Accounts of Education Authorities, 1925
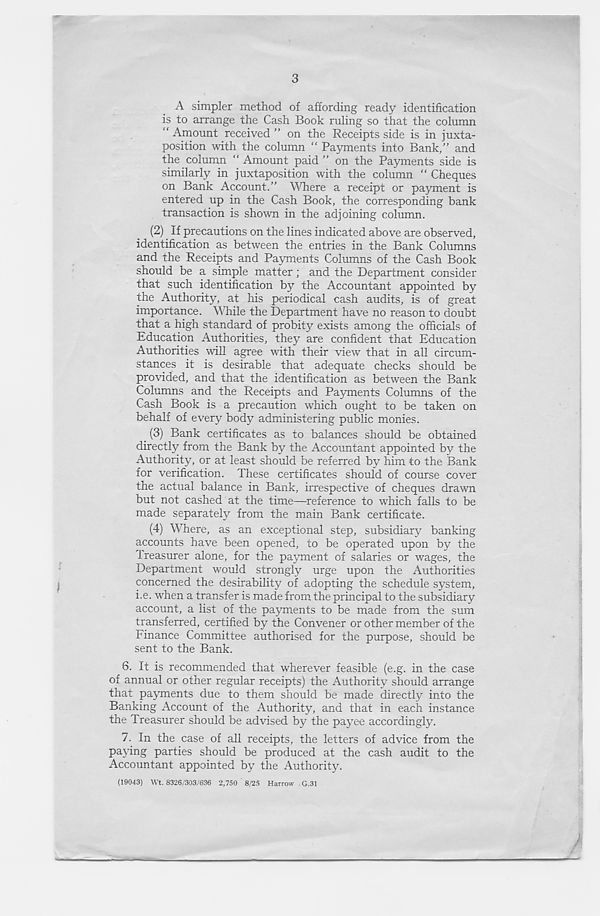
3
A simpler method of affording ready identification
is to arrange the Cash Book ruling so that the column
“ Amount received ” on the Receipts side is in juxta-
position with the column “ Payments into Bank,” and
the column “ Amount paid ” on the Payments side is
similarly in juxtaposition with the column “ Cheques
on Bank Account.” Where a receipt or payment is
entered up in the Cash Book, the corresponding bank
transaction is shown in the adjoining column.
(2) If precautions on the lines indicated above are observed,
identification as between the entries in the Bank Columns
and the Receipts and Payments Columns of the Cash Book
should be a simple matter ; and the Department consider
that such identification by the Accountant appointed by
the Authority, at his periodical cash audits, is of great
importance. While the Department have no reason to doubt
that a high standard of probity exists among the officials of
Education Authorities, they are confident that Education
Authorities will agree with their view that in all circum-
stances it is desirable that adequate checks should be
provided, and that the identification as between the Bank
Columns and the Receipts and Payments Columns of the
Cash Book is a precaution which ought to be taken on
behalf of every body administering public monies.
(3) Bank certificates as to balances should be obtained
directly from the Bank by the Accountant appointed by the
Authority, or at least should be referred by him to the Bank
for verification. These certificates should of course cover
the actual balance in Bank, irrespective of cheques drawn
but not cashed at the time—reference to which falls to be
made separately from the main Bank certificate.
(4) Where, as an exceptional step, subsidiary banking
accounts have been opened, to be operated upon by the
Ireasurer alone, for the payment of salaries or wages, the
Department would strongly urge upon the Authorities
concerned the desirability of adopting the schedule system,
i.e. when a transfer is made from the principal to the subsidiary
account, a list of the payments to be made from the sum
transferred, certified by the Convener or other member of the
Finance Committee authorised for the purpose, should be
sent to the Bank.
6. It is recommended that wherever feasible (e.g. in the case
of annual or other regular receipts) the Authority should arrange
that payments due to them should be made directly into the
Banking Account of the Authority, and that in each instance
the Treasurer should be advised by the payee accordingly.
7. In the case of all receipts, the letters of advice from the
paying parties should be produced at the cash audit to the
Accountant appointed by the Authority.
(19043) Wt. 8326/303/636 2,750 ' 8/25 Harrow G.31